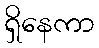
ရှိနေကာ